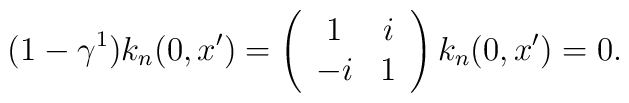
(1-\gamma ^1)k_n(0,x^{\prime })=\left(\begin{array}{cc}1 & i \\-i & 1\end{array}\right) k_n(0,x^{\prime })=0.